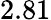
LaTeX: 2.81